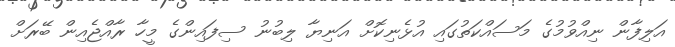
އަލިފާން ނިއްވުމުގެ މަސައްކަތުގައި އުޅެނިކޮށް އަނިޔާ ލިބުނު ސިފައިންގެ މީހާ ރާއްޖެއިން ބޭރަށް